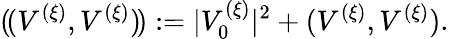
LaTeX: (\! (V^{(\xi)},V^{(\xi)})\! ):=|V_{0}^{(\xi)}|^{2}+(V^{(\xi)},V^{(\xi)}).